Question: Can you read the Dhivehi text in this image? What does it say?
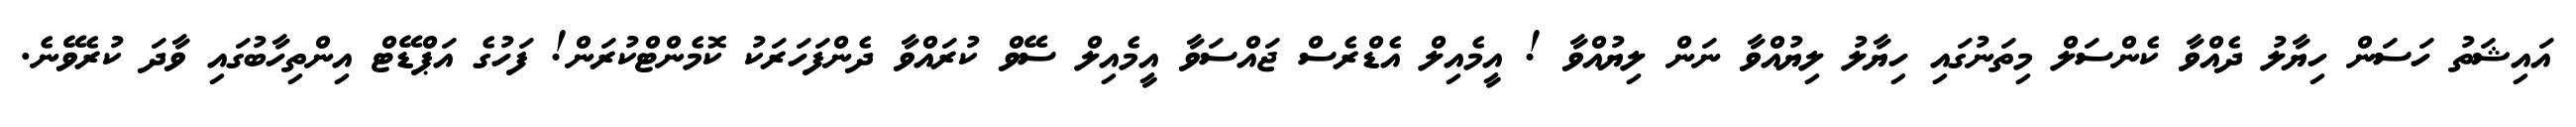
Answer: އައިޝަތު ހަސަން ހިޔާލު ދެއްވާ ކެންސަލް މިތަނުގައި ހިޔާލު ލިޔުއްވާ ނަން ލިޔުއްވާ ! އީމެއިލް އެޑްރެސް ޖައްސަވާ އީމެއިލް ސޭވް ކުރައްވާ ދެންފަހަރަކު ކޮމެންޓްކުރަން! ފަހުގެ އަޕްޑޭޓް އިންތިހާބުގައި ވާދަ ކުރެވޭނެ.